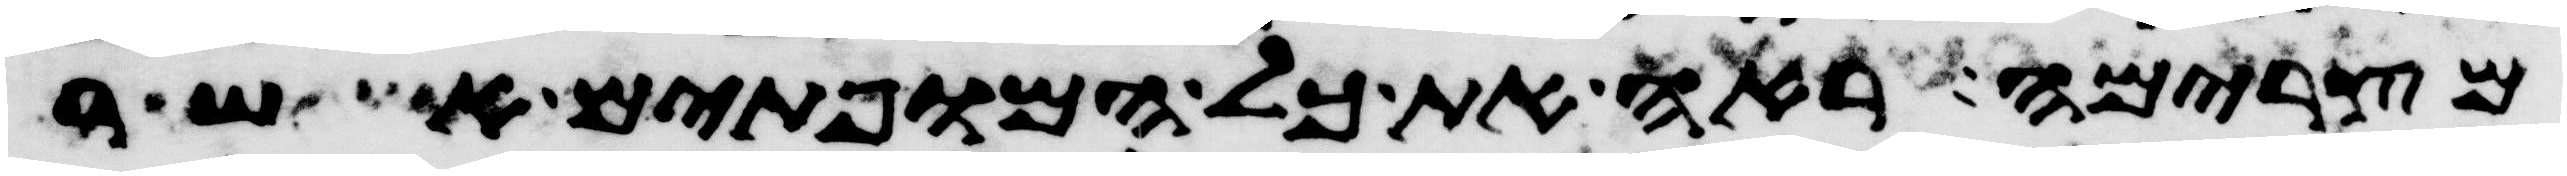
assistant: מצרימה ראה את כל המופתים אשר